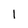
Character: 1